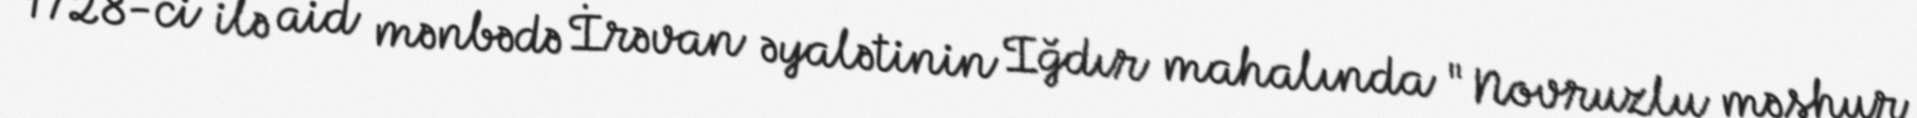
1728-ci ilə aid mənbədə İrəvan əyalətinin Iğdır mahalında "Novruzlu məşhur